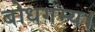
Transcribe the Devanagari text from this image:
बोधगम्य।